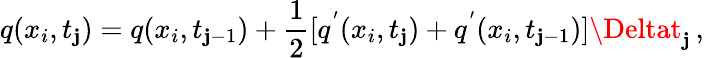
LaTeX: q(x_{i},t_{\mathbf{j}})=q(x_{i},t_{\mathbf{j}-1})+\frac{{1}}{{2}}[q^{'}(x_{i},t_{\mathbf{j}})+q^{'}(x_{i},t_{\mathbf{j}-1})]\Deltat_{\mathbf{j}}\, ,